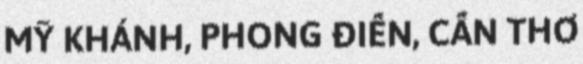
MỸ KHÁNH, PHONG ĐIỀN, CẦN THƠ